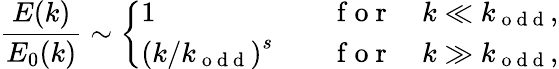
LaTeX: \frac{E(k)}{E_{0}(k)}\sim\left\{ \begin{array}{ll}{1\quad}&{\mathrm{~f~o~r~}\quad k\ll k_{\mathrm{~o~d~d~}},}\\ {\left(k/k_{\mathrm{~o~d~d~}}\right)^{s}\quad}&{\mathrm{~f~o~r~}\quad k\gg k_{\mathrm{~o~d~d~}},}\end{array}\right.